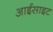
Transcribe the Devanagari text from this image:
आईसाइट